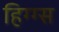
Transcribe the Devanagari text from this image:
हिग्ग्स